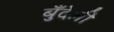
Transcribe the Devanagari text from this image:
बुँदेली